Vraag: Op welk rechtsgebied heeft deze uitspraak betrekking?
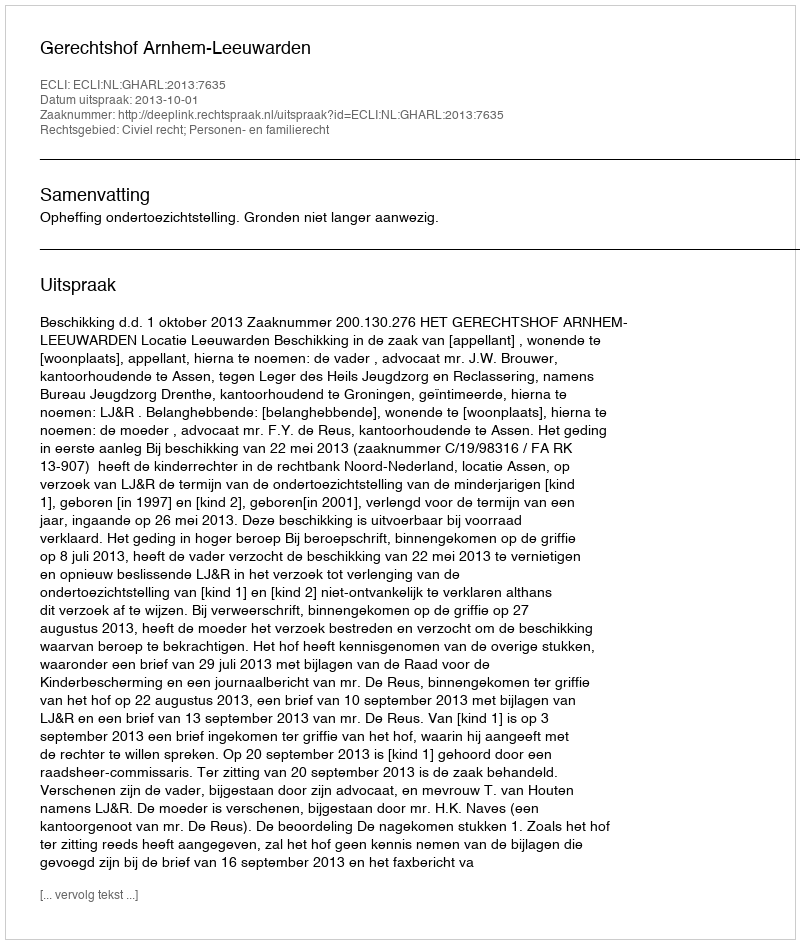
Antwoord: Civiel recht; Personen- en familierecht